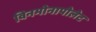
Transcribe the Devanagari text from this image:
विनमोनापोलेट